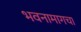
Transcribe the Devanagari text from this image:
भवनामागचा